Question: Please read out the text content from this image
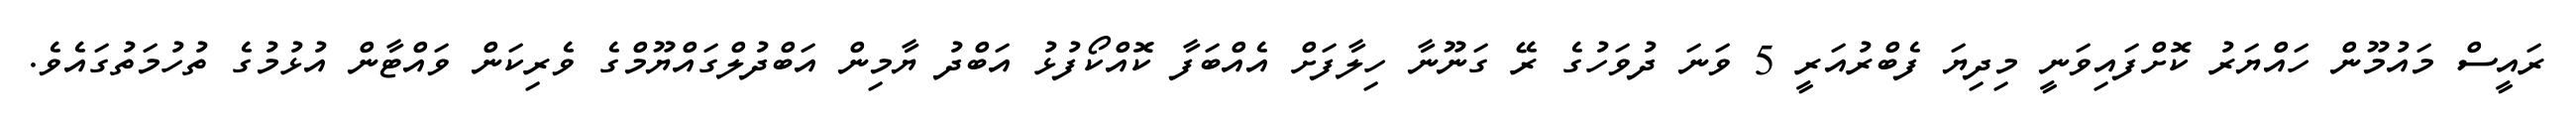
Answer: ރައީސް މައުމޫން ހައްޔަރު ކޮށްފައިވަނީ މިދިޔަ ފެބްރުއަރީ 5 ވަނަ ދުވަހުގެ ރޭ ގަނޫނާ ހިލާފަށް އެއްބަފާ ކޮއްކޯފުޅު އަބްދު ޔާމިން އަބްދުލްގައްޔޫމްގެ ވެރިކަން ވައްޓާން އުޅުމުގެ ތުހުމަތުގައެވެ.